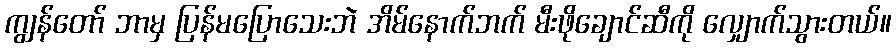
ကျွန်တော် ဘာမှ ပြန်မပြောသေးဘဲ အိမ်နောက်ဘက် မီးဖိုချောင်ဆီကို လျှောက်သွားတယ်။